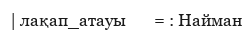
| лақап_атауы       = : Найман